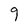
Character: 9